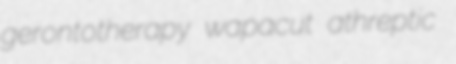
gerontotherapy wapacut athreptic